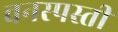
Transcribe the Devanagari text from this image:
वनस्पस्ती